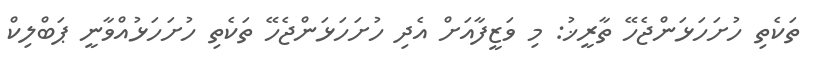
ތަކެތި ހުށަހަޅަންޖެހޭ ތާރީޚު: މި ވަޒީފާއަށް އެދި ހުށަހަޅަންޖެހޭ ތަކެތި ހުށަހަޅުއްވާނީ ޕަބްލިކް